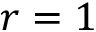
r = 1